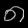
Digit: ၈